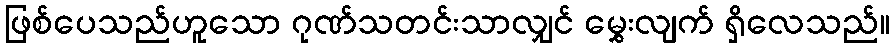
ဖြစ်ပေသည်ဟူသော ဂုဏ်သတင်းသာလျှင် မွှေးလျက် ရှိလေသည်။